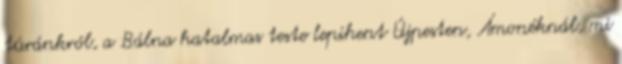
túránkról, a Bálna hatalmas teste lepihent Újpesten, Ámonéknál, mi